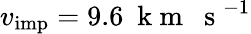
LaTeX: v_{\mathrm{imp}}=9.6~\mathrm{~k~m~~~s~}^{-1}